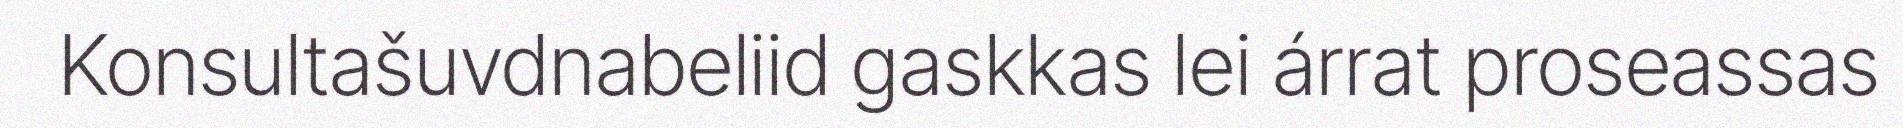
Konsultašuvdnabeliid gaskkas lei árrat proseassas